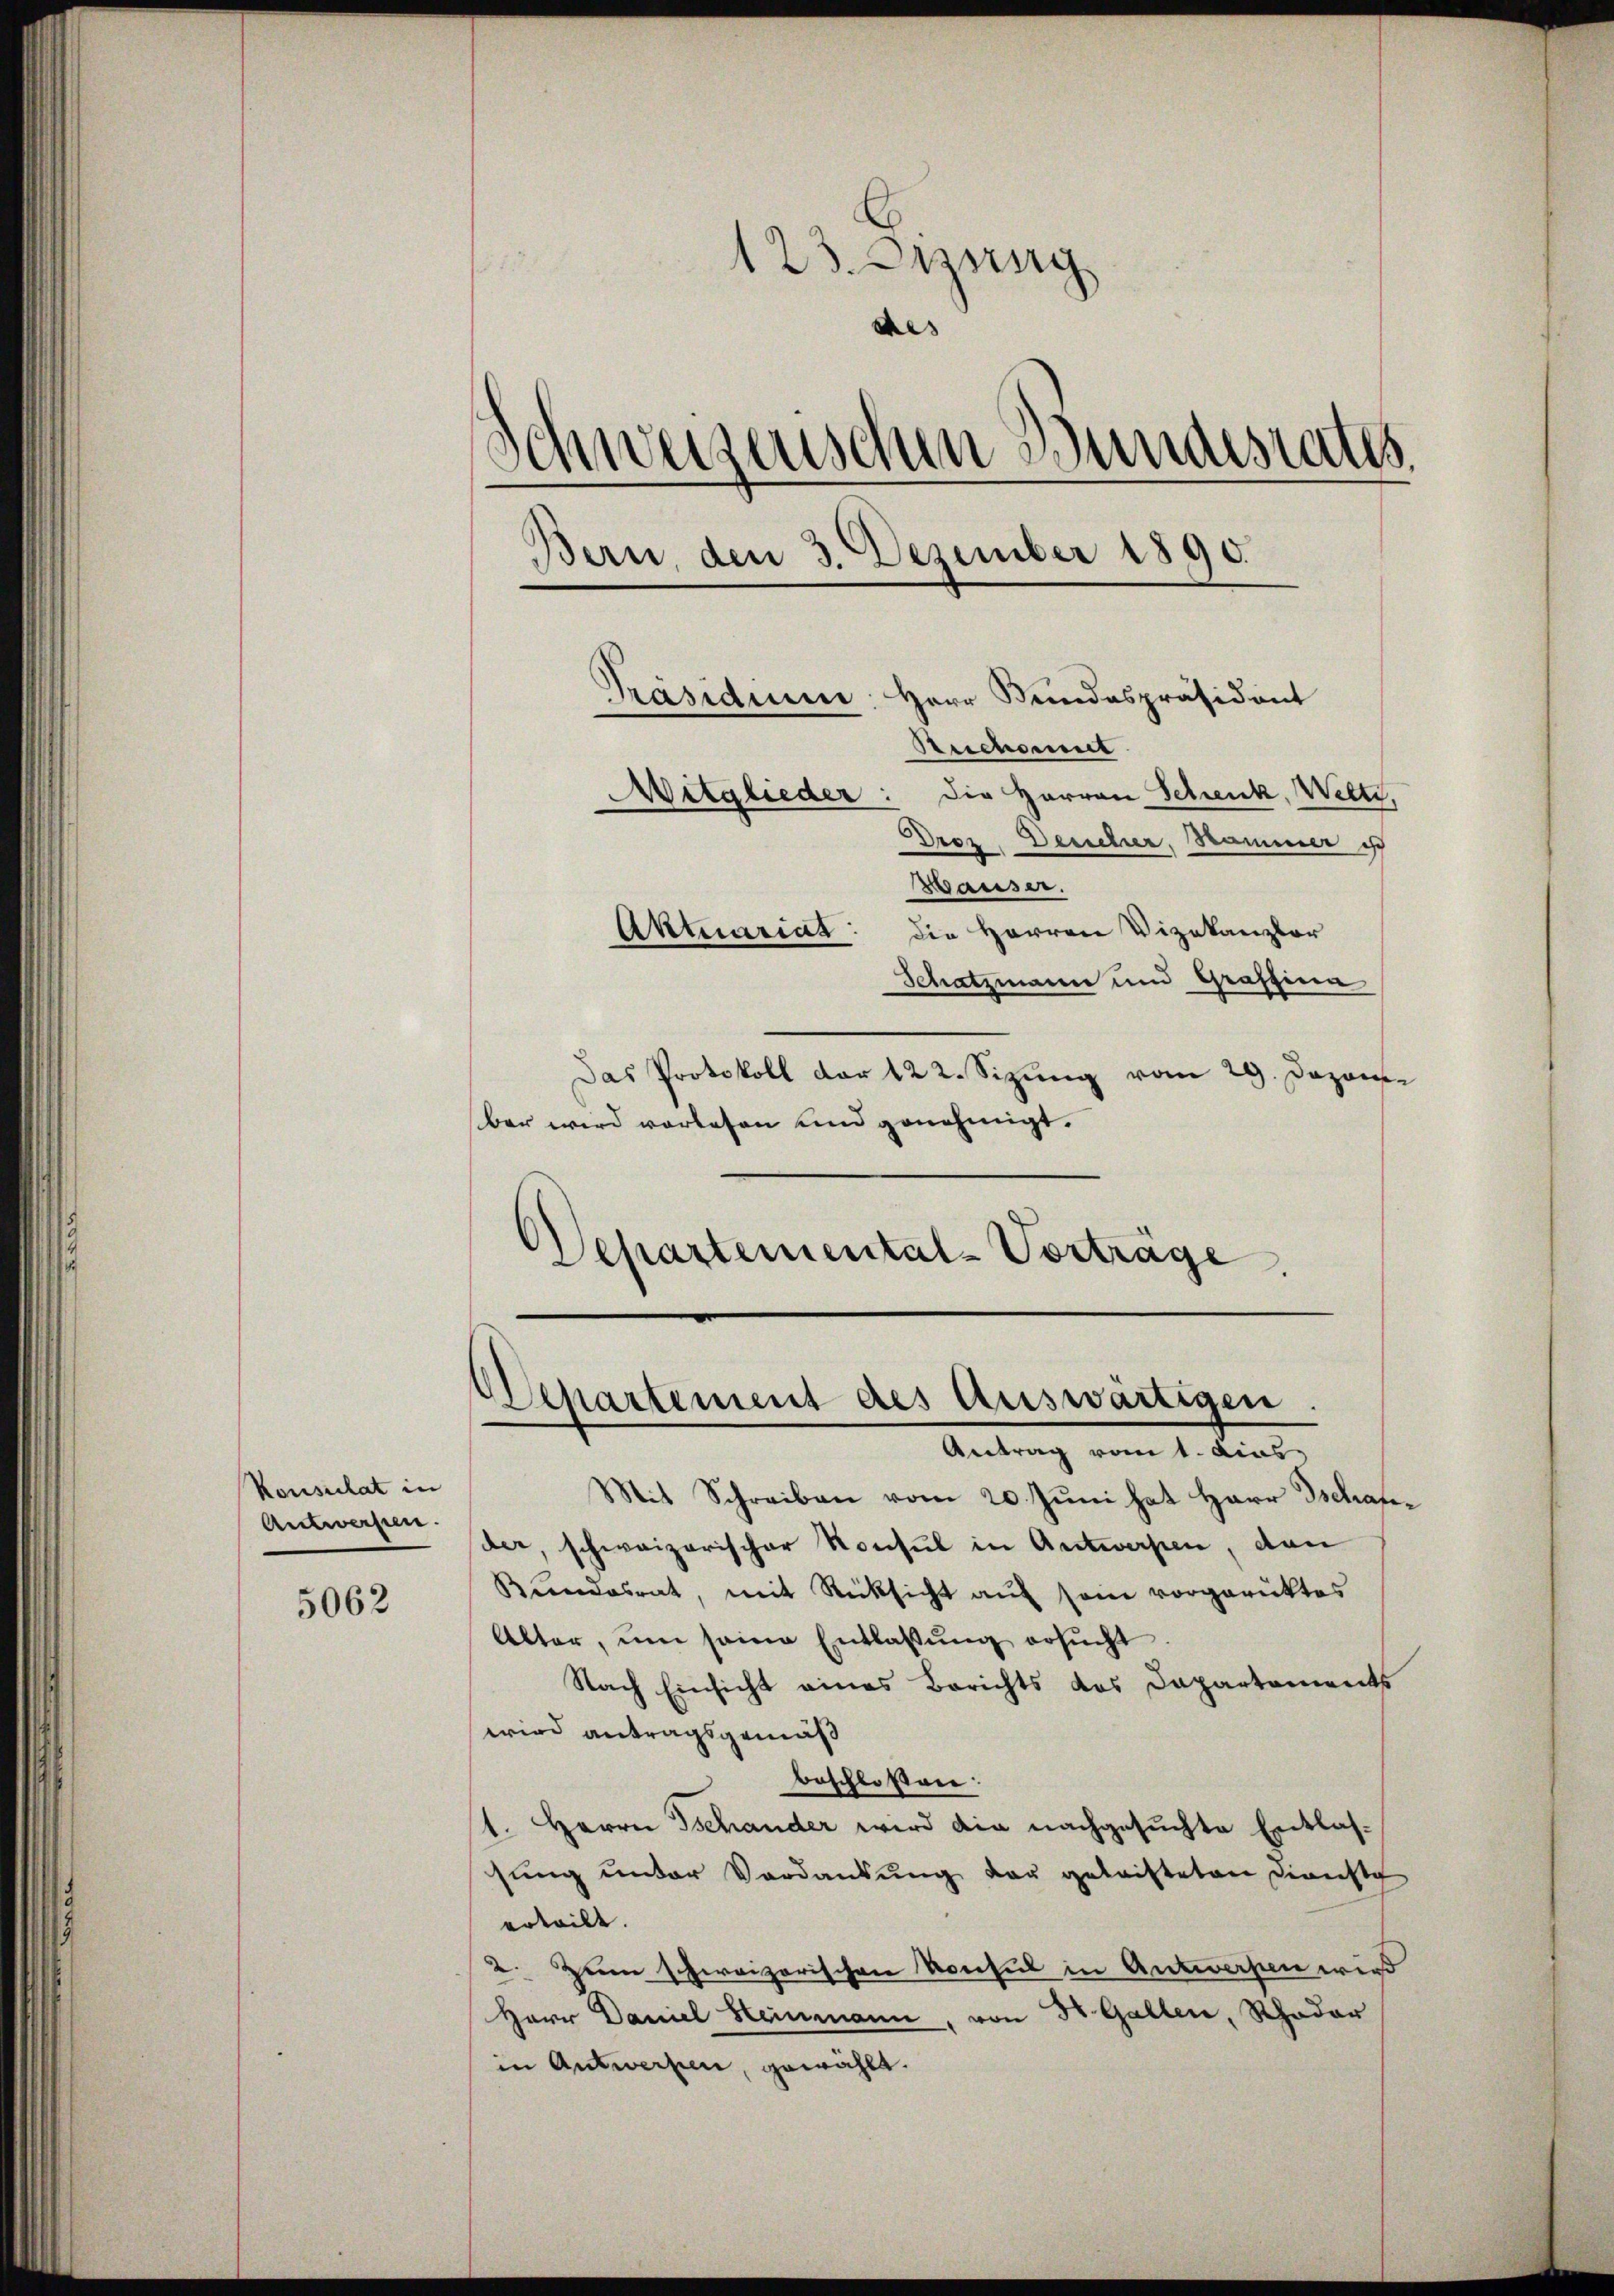
Konsulat in
Antworfen.

5062

123. Dezung
des
Schweizenschen Bundesrates.
Bern, den 3. Dezember 1890.
Präsidium Herr Bundespräsident
Reichait
Witglieder: Die Herren Schenk, Welti,
Droz. Deucher, Hammer ist
Wäuser.
Aktuariat: die Herren Vizekanzler
Schatzmann und Graffina

Das Protokoll der 122. Sizung vom 29. Dazone
ber wird vorlesen und genehmigt.
Departemental-Vorträge

Departement des Auswärtigen.
Antrag vom 1. das

Mit Schreiben vom 20. Juni hat Herr Tschafder, schweizerischer Konsul in Antworfen, dann
Bundesrat, mit Rücksicht auf sein vorgerüktes
Alter, um seine Entlassŭng ersŭcht.
Nach Einsicht eines Berichts das Dapartements
wird antragsgemäß
beschloßen:
1. Herrn Tschander wird die nachgesuchte Entlassung unter Verdankung der geleisteten Dienste
erteilt. |
2. Zum schweizerischen Konsul in Antworfen wird
Herr Daniel Heinmann, von St. Gallen, Schader
in Antwerfen, gewählt.